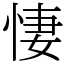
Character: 悽